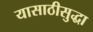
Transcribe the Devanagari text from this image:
यासाठीसुद्धा